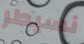
نسيطر